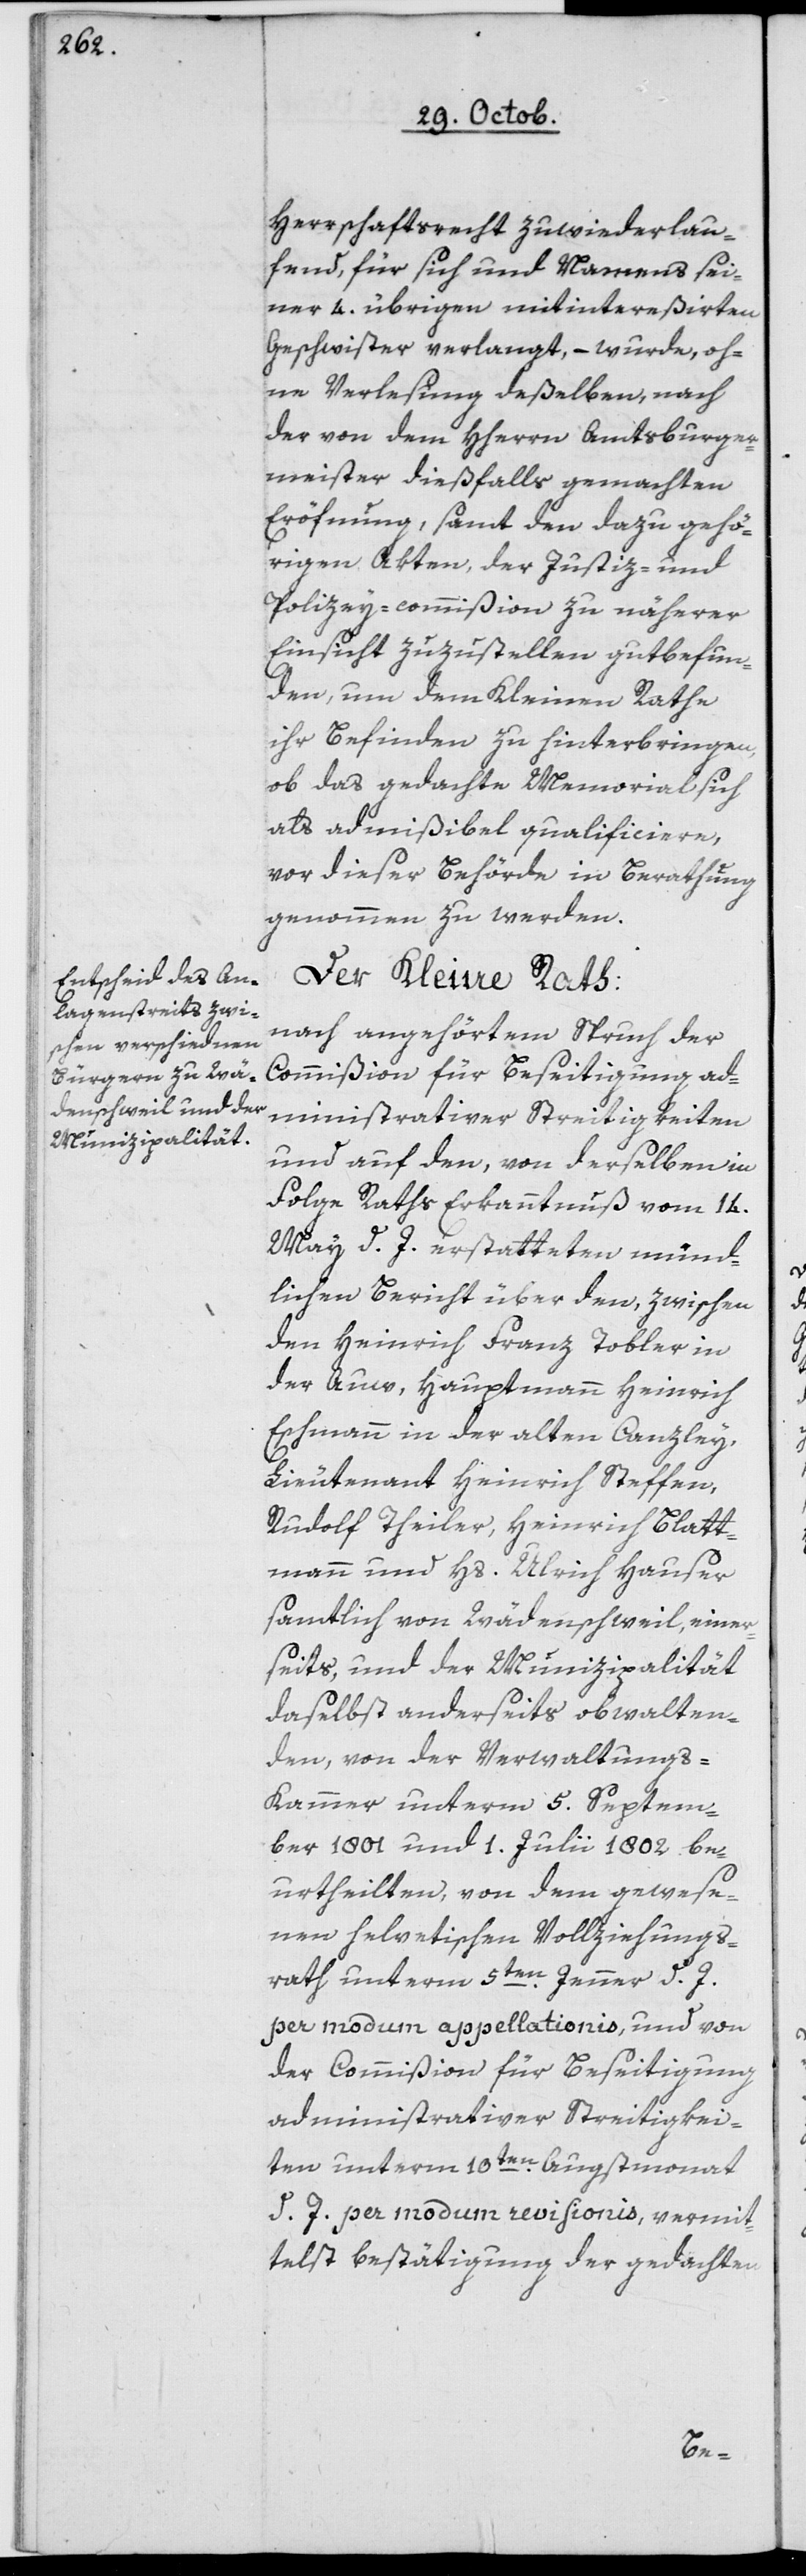
Herrschaftsrecht zuwiderlau¬
fend, für sich und Namens sei¬
ner 4 übrigen mitintereßirten
Geschwister verlangt, – wurde oh¬
ne Verlesung deßelben, nach
der von dem HHerrn Amtsburger¬
meister dießfalls gemachten
Eröfnung, samt den dazu gehö¬
rigen Akten, der Justiz- und
Polizey-commißion zu näherer
Einsicht zuzustellen gutbefun¬
den, um dem Kleinen Rathe
ihr Befinden zu hinterbringen,
ob das gedachte Memorial sich
als admißibel qualificiere,
vor dieser Behörde in Berathung
genommen zu werden.
Der Kleine Rath:
nach angehörtem Spruch der
Commißion für Beseitigung ad¬
ministrativer Streitigkeiten
und auf den, von derselben in
Folge Raths Erkanntnuß vom 14.
Mai d. J. erstatteten münd¬
lichen Bericht über den, zwischen
den Heinrich Franz Tobler in
der Auw, Hauptmann Heinrich
Eschmann in der alten Canzley,
Lieutenant Heinrich Steffen,
Rudolf Theiler, Heinrich Blatt¬
mann und Hs. Ulrich Hauser,
samtlich von Wädenschweil, einer¬
seits, und der Munizipalität
daselbst anderseits obwalten¬
den, von der Verwaltungs¬
kammer unterm 5. Septem¬
ber 1801 und 1. Julii 1802 be¬
urtheilten, von dem gewese¬
nen helvetischen Vollziehungs¬
rath unterm 5ten Jenner d. J.
per modum appellationis, und von
der Commißion für Beseitigung
administrativer Streitigkei¬
ten unterm 10ten Augstmonat
d. J. per modum revisionis, vermit¬
telst Bestätigung der gedachten